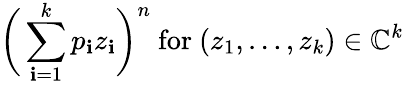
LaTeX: {\biggl(}\sum_{\mathbf{i}=1}^{k}p_{\mathbf{i}}z_{\mathbf{i}}{\biggr)}^{n}{\mathrm{{~for~}}}(z_{1},\ldots,z_{k})\in\mathbb{{C}}^{k}